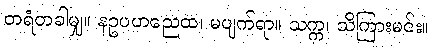
တရံတခါမျှ။ နဥပဟညေထ၊ မပျက်ရာ။ သက္က၊ သိကြားမင်း။